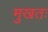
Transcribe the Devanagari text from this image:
मुखतः